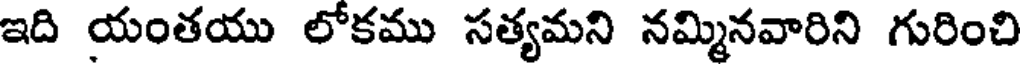
ఇది యంతయు లోకము సత్యమని నమ్మినవారిని గురించి